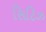
સિટિઝ